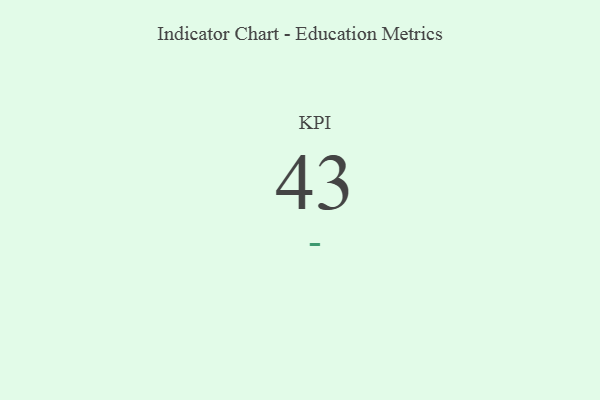
{"axis": {"x": "KPI", "y": "Value"}, "legend": [""], "data": [{"x": "KPI", "y": 43, "type": ""}]}